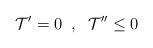
LaTeX: \begin{align*}\mathcal{T}'=0\;\;, \;\; \mathcal{T}''\leq 0\end{align*}